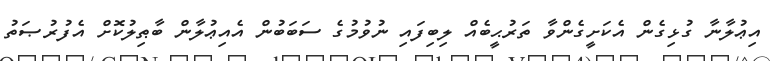
އިޢުލާނާ ގުޅިގެން އެކަށީގެންވާ ތަރުޙީބެއް ލިބިފައި ނުވުމުގެ ސަބަބުން އެއިޢުލާން ބާޠިލުކޮށް އެފުރުޞަތު